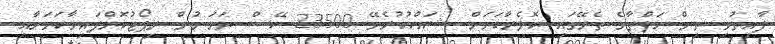
ފާއިތުވި ތިން ހަފްތާގެ ތެރޭގައި ކޮލެރާކަމަށް ޝައްކުކުރެވޭ 23500 ކޭސް ޔަމަނުން ރިޕޯޓުކޮށްފައިވާކަމަށާއި